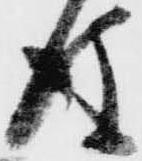
後